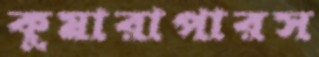
কুমারাপারস